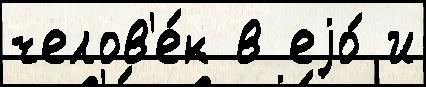
челов'е́к в еjо́ и